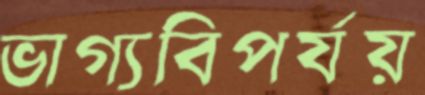
ভাগ্যবিপর্যয়